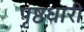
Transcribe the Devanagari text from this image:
पृष्ठधारी